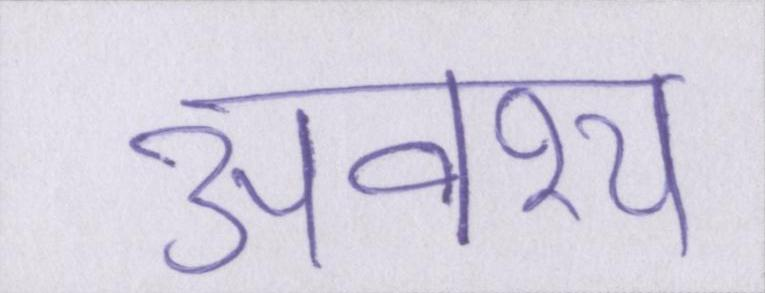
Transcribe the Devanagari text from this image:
अवश्य